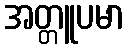
အတ္တူပမာ